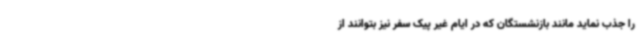
را جذب نماید مانند بازنشستگان که در ایام غیر پیک سفر نیز بتوانند از